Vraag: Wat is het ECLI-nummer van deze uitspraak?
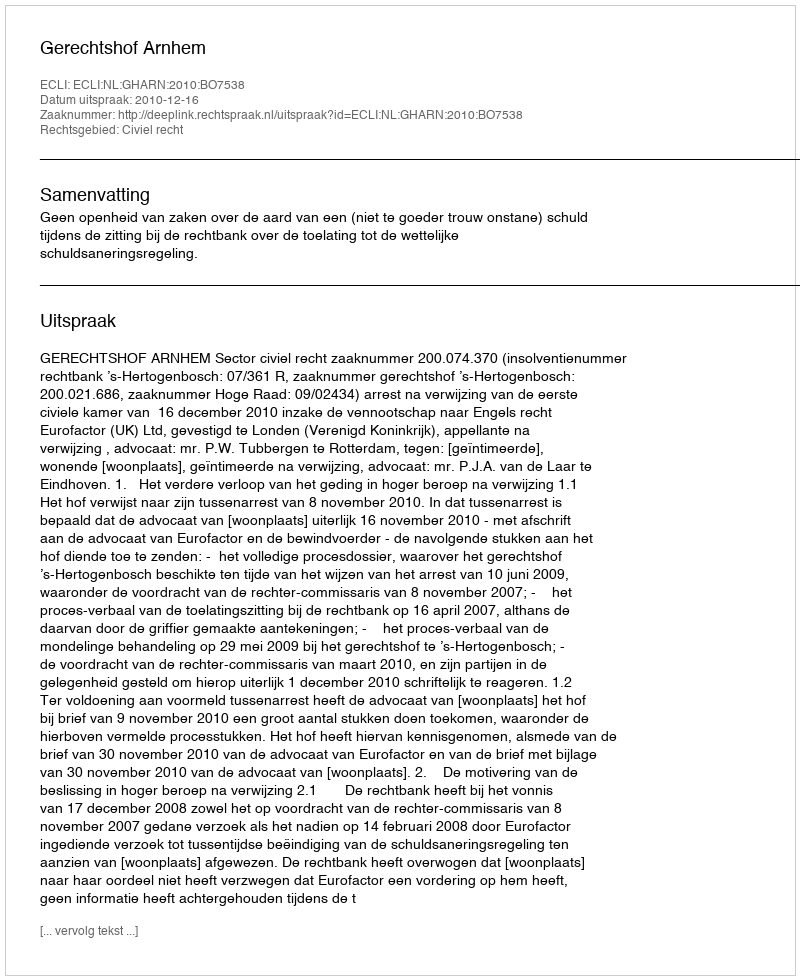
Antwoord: ECLI:NL:GHARN:2010:BO7538